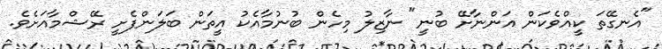
"އެނގޭތަ ކީއްވެކަން އަންނާށޭ ބުނީ" ނާޒިލު މިހެން ބުނުމާއެކު އީތަން ބަލަންފެށީ ރޭޝްމާއަށެވެ.